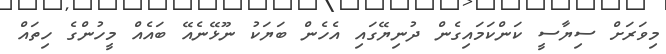
މިވަރަށް ސިޔާސީ ކަންކަމައިގެން ދުނިޔޭގައި އެހެން ބަޔަކު ނޫޅޭނެއޭ ބައެއް މީހުންގެ ހިތައް